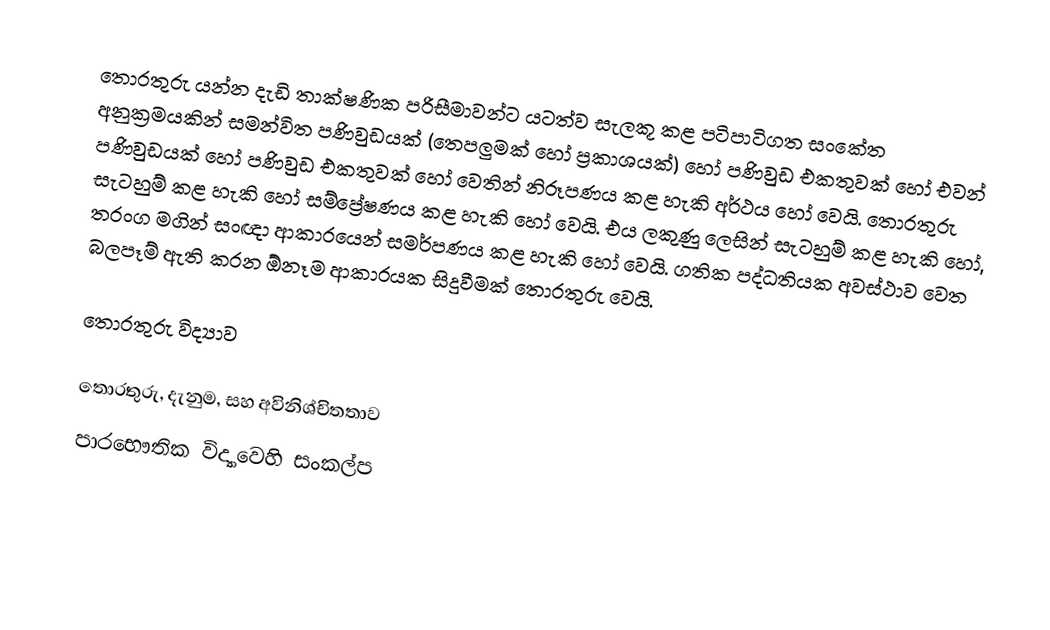
තොරතුරු යන්න දැඩි තාක්ෂණික පරිසීමාවන්ට යටත්ව සැලකූ කළ  පටිපාටිගත සංකේත අනුක්‍රමයකින් සමන්විත පණිවුඩයක් (තෙපලුමක් හෝ ප්‍රකාශයක්) හෝ පණිවුඩ එකතුවක් හෝ එවන් පණිවුඩයක් හෝ පණිවුඩ එකතුවක් හෝ වෙතින් නිරූපණය කළ හැකි අර්ථය හෝ වෙයි. තොරතුරු සැටහුම් කළ හැකි හෝ සම්ප්‍රේෂණය කළ හැකි හෝ වෙයි. එය  ලකුණු ලෙසින් සැටහුම් කළ හැකි හෝ, තරංග මගින් සංඥා ආකාරයෙන්  සමර්පණය කළ හැකි හෝ වෙයි. ගතික පද්ධතියක අවස්ථාව වෙත බලපෑම් ඇති කරන ඕනෑම ආකාරයක සිදුවීමක් තොරතුරු වෙයි.

 තොරතුරු විද්‍යාව

තොරතුරු, දැනුම, සහ අවිනිශ්චිතතාව
පාරභෞතික විද්‍යාවෙහි සංකල්ප